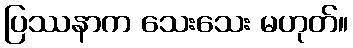
ပြဿနာက သေးသေး မဟုတ်။